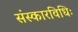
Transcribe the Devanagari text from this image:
संस्कारविधिः